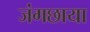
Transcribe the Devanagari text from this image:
जंगछाया